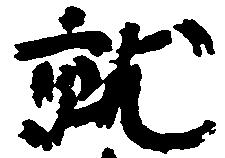
就